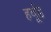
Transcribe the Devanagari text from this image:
हर्वूड